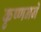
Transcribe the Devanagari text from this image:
कृष्णनने